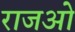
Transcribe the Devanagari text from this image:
राजओ